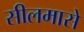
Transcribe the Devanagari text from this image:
सीलमासे